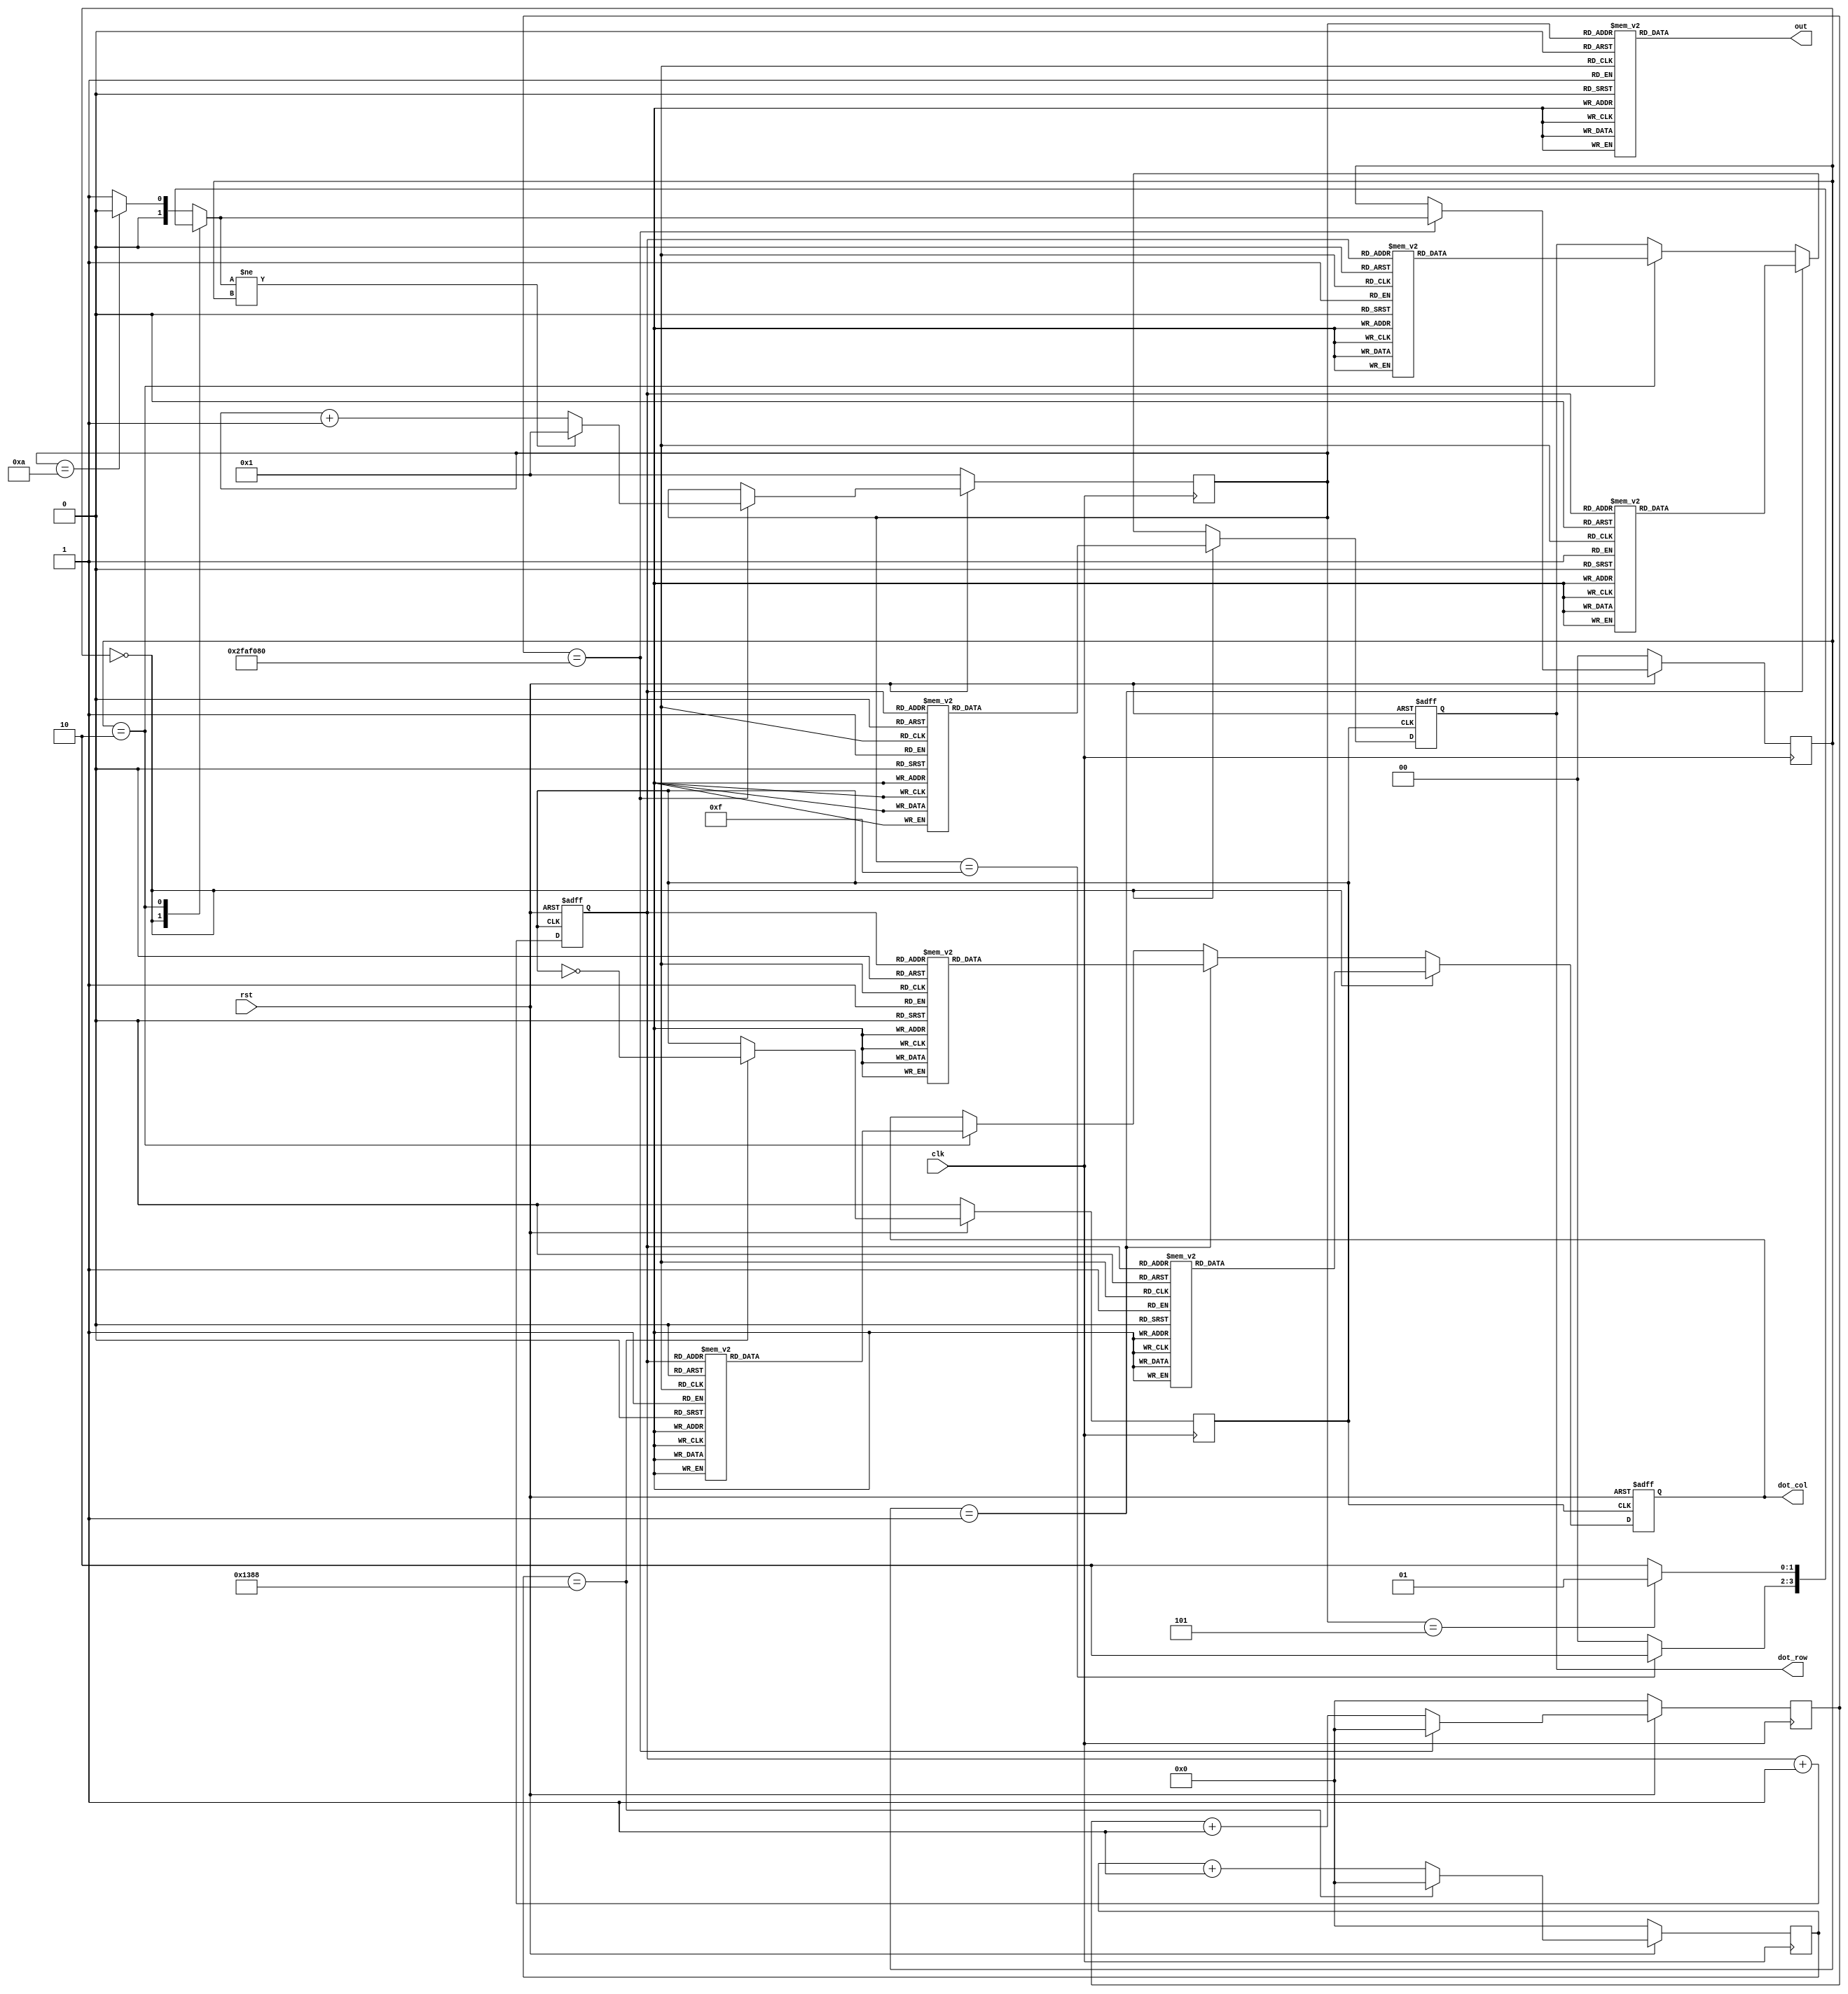
// This program was cloned from: https://github.com/Darkborderman/schoolWorks
// License: BSD 2-Clause "Simplified" License

module traffic_light(clk,rst,out,dot_row,dot_col);
	input clk,rst;
	output reg [6:0] out;
	output reg [7:0] dot_row,dot_col;
	
	reg [31:0] clk_count;
	reg [31:0] clk_count_2;
	reg [1:0] cur_state,next_state;
	reg [3:0] counter;
	reg [2:0] row_count;
	reg clk_div;
	
	parameter [1:0] GREEN = 2'b00;
	parameter [1:0] RED = 2'b01;
	parameter [1:0] YELLOW = 2'b10;
	
	always@(posedge clk ) begin
		if (~rst) begin
			clk_count <= 32'b0;
			cur_state <= GREEN;
			counter <= 4'b1;
			clk_div <= 1'b0;
			clk_count_2 <= 32'b0;
		end
		else begin
			if (clk_count_2 == 5000 ) begin
				clk_div <= ~clk_div;
				clk_count_2 <= 32'b0;
			end
			else begin
				clk_count_2 <= clk_count_2 + 32'b1;
			end
		
			if (clk_count == 50000000 ) begin
				clk_count <= 32'b0; 
				cur_state <= next_state;
				if ( next_state != cur_state)
					counter <= 4'b1;
				else
					counter <= counter + 4'b1;
			end
			else 
				clk_count <= clk_count + 32'b1;
		end
	end
	
	
	
	always@(*) begin
		case (cur_state)
			GREEN : begin
				if ( counter == 15 ) // 15
					next_state = YELLOW;
				else
					next_state = GREEN;
			end
			YELLOW : begin
				if ( counter == 5 ) // 3
					next_state = RED;
				else
					next_state = YELLOW;
			end
			default : begin
				if ( counter == 10 ) // 8
					next_state = GREEN;
				else
					next_state = RED;
			end
		endcase
	end

	
	always@ (posedge clk_div or negedge rst ) begin
		if (~rst) begin
			dot_row <= 8'b0;
			dot_col <= 8'b0;
			row_count <= 0;
		end
		else begin
		   row_count <= row_count + 1;
			if ( cur_state == GREEN) begin
				case (row_count)
					3'd0: dot_row <= 8'b01111111;
					3'd1: dot_row <= 8'b10111111;
					3'd2: dot_row <= 8'b11011111;
					3'd3: dot_row <= 8'b11101111;
					3'd4: dot_row <= 8'b11110111;
					3'd5: dot_row <= 8'b11111011;
					3'd6: dot_row <= 8'b11111101;
					3'd7: dot_row <= 8'b11111110;
				endcase
				case (row_count)
					3'd0: dot_col <= 8'b00001100;
					3'd1: dot_col <= 8'b00001100;
					3'd2: dot_col <= 8'b00011001;
					3'd3: dot_col <= 8'b01111110;
					3'd4: dot_col <= 8'b10011000;
					3'd5: dot_col <= 8'b00011000;
					3'd6: dot_col <= 8'b00101000;
					3'd7: dot_col <= 8'b01001000;
				endcase
			end
			else if (cur_state == RED) begin
				case (row_count)
					3'd0: dot_row <= 8'b01111111;
					3'd1: dot_row <= 8'b10111111;
					3'd2: dot_row <= 8'b11011111;
					3'd3: dot_row <= 8'b11101111;
					3'd4: dot_row <= 8'b11110111;
					3'd5: dot_row <= 8'b11111011;
					3'd6: dot_row <= 8'b11111101;
					3'd7: dot_row <= 8'b11111110;
				endcase
				case (row_count)
					3'd0: dot_col <= 8'b00011000;
					3'd1: dot_col <= 8'b00011000;
					3'd2: dot_col <= 8'b00111100;
					3'd3: dot_col <= 8'b00111100;
					3'd4: dot_col <= 8'b01011010;
					3'd5: dot_col <= 8'b00011000;
					3'd6: dot_col <= 8'b00011000;
					3'd7: dot_col <= 8'b00100100;
				endcase
			end
			else if (cur_state == YELLOW) begin
				case (row_count)
					3'd0: dot_row <= 8'b01111111;
					3'd1: dot_row <= 8'b10111111;
					3'd2: dot_row <= 8'b11011111;
					3'd3: dot_row <= 8'b11101111;
					3'd4: dot_row <= 8'b11110111;
					3'd5: dot_row <= 8'b11111011;
					3'd6: dot_row <= 8'b11111101;
					3'd7: dot_row <= 8'b11111110;
				endcase
				case (row_count)
					3'd0: dot_col <= 8'b00000000;
					3'd1: dot_col <= 8'b00100100;
					3'd2: dot_col <= 8'b00111100;
					3'd3: dot_col <= 8'b10111101;
					3'd4: dot_col <= 8'b11111111;
					3'd5: dot_col <= 8'b00111100;
					3'd6: dot_col <= 8'b00111100;
					3'd7: dot_col <= 8'b00000000;
				endcase
			end
		end
	end
	always@(*) begin
		case (counter)
			0 : begin
				out = 7'b0000001;
			end
			1 : begin
				out = 7'b1001111;
			end
			2 : begin
				out = 7'b0010010;
			end
			3 : begin
				out = 7'b0000110;
			end
			4 : begin
				out = 7'b1001100;
			end
			5 : begin
				out = 7'b0100100;
			end
			6 : begin
				out = 7'b0100000;
			end
			7 : begin
				out = 7'b0001111;
			end
			8 : begin
				out = 7'b0000000;
			end
			9 : begin
				out = 7'b0000100;
			end
			10 : begin
				out = 7'b0001000;
			end
			11 : begin
				out = 7'b1100000;
			end
			12 : begin
				out = 7'b0110001;
			end
			13 : begin
				out = 7'b1000010;
			end
			14 : begin
				out = 7'b0110000;
			end
			15 : begin
				out = 7'b0111000;
			end
		endcase
	end
endmodule